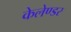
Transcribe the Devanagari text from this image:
केलेण्डर